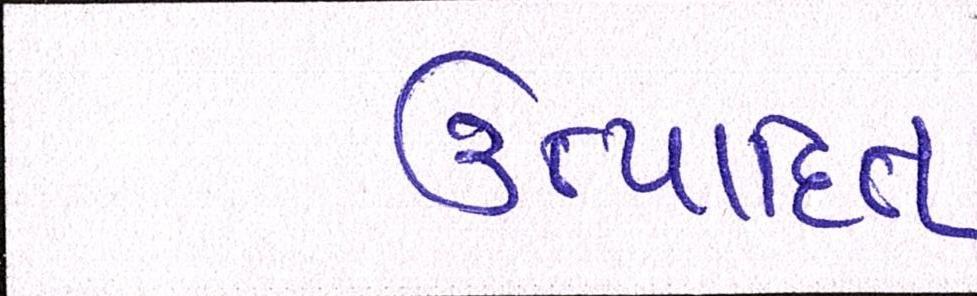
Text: ઉત્પાદિત